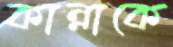
কান্নাকে